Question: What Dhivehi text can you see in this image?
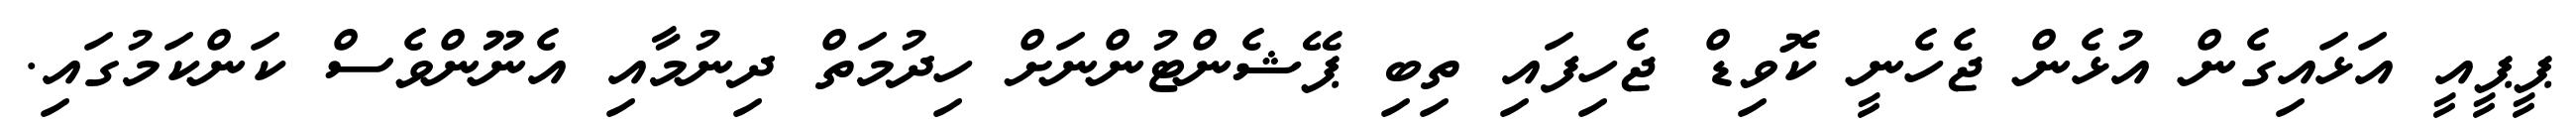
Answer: ޕީޕީއީ އަޅައިގެން އުޅެން ޖެހެނީ ކޮވިޑް ޖެހިފައި ތިބި ޕޭޝެންޓުންނަށް ހިދުމަތް ދިނުމާއި އެނޫންވެސް ކަންކަމުގައި.